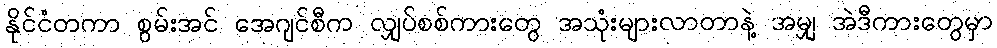
နိုင်ငံတကာ စွမ်းအင် အေဂျင်စီက လျှပ်စစ်ကားတွေ အသုံးများလာတာနဲ့ အမျှ အဲဒီကားတွေမှာ